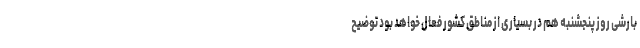
بارشی روز پنجشنبه هم در بسیاری از مناطق کشور فعال خواهد بود توضیح